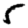
Digit: 5